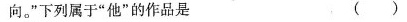
向。”下列属于”他”的作品是 ()